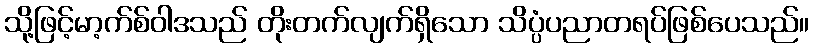
သို့ဖြင့်မာ့က်စ်ဝါဒသည် တိုးတက်လျက်ရှိသော သိပ္ပံပညာတရပ်ဖြစ်ပေသည်။